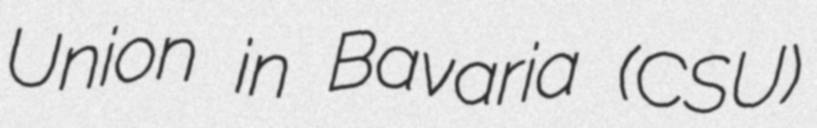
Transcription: Union in Bavaria (CSU)